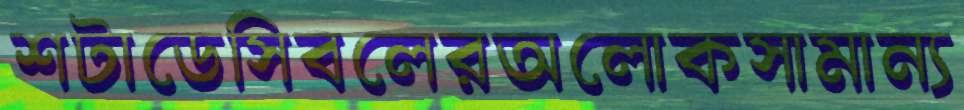
শটাডেসিবলেরঅলোকসামান্য